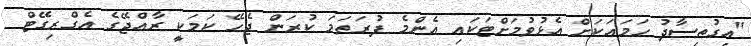
"އިގުތިސާދު ހަމައަކަށް އެޅުވުމަށްޓަކައި އެންމެ ފުރަތަމަ ކުރަން ޖެހޭ ކަމަކީ ރާއްޖޭގެ އެގްރިގޭޓް